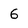
Character: 6